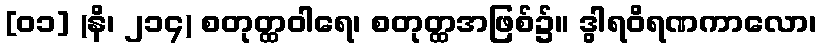
[၀၁] (နိ၊ ၂၁၄) စတုတ္ထဝါရေ၊ စတုတ္ထအဖြစ်၌။ ဒွါရဝိရဏကာလော၊